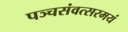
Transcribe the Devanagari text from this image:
पञ्चसंवत्सरमयं